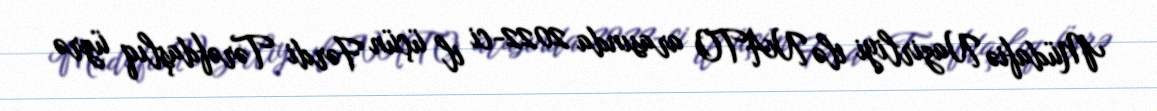
Müdafiə Nazirliyi ilə NATO arasında 2022-ci il üçün Fərdi Tərəfdaşlıq üzrə